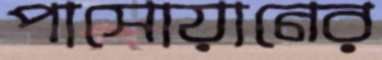
পাসোয়ানের